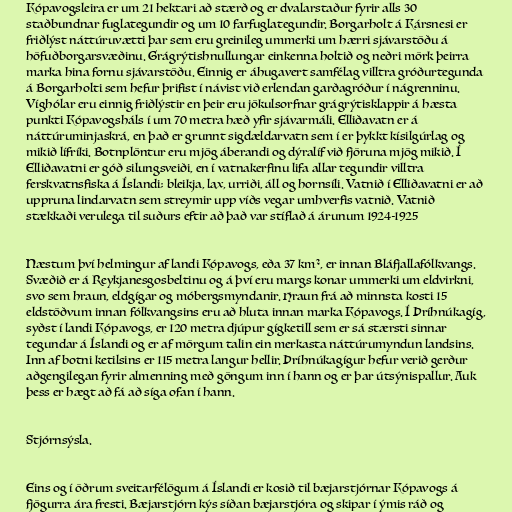
Kópavogsleira er um 21 hektari að stærð og er dvalarstaður fyrir alls 30
staðbundnar fuglategundir og um 10 farfuglategundir. Borgarholt á Kársnesi er
friðlýst náttúruvætti þar sem eru greinileg ummerki um hærri sjávarstöðu á
höfuðborgarsvæðinu. Grágrýtishnullungar einkenna holtið og neðri mörk þeirra
marka hina fornu sjávarstöðu. Einnig er áhugavert samfélag villtra gróðurtegunda
á Borgarholti sem hefur þrifist í návist við erlendan garðagróður í nágrenninu.
Víghólar eru einnig friðlýstir en þeir eru jökulsorfnar grágrýtisklappir á hæsta
punkti Kópavogsháls í um 70 metra hæð yfir sjávarmáli. Elliðavatn er á
náttúruminjaskrá, en það er grunnt sigdældarvatn sem í er þykkt kísilgúrlag og
mikið lífríki. Botnplöntur eru mjög áberandi og dýralíf við fjöruna mjög mikið. Í
Elliðavatni er góð silungsveiði, en í vatnakerfinu lifa allar tegundir villtra
ferskvatnsfiska á Íslandi; bleikja, lax, urriði, áll og hornsíli. Vatnið í Elliðavatni er að
uppruna lindarvatn sem streymir upp víðs vegar umhverfis vatnið. Vatnið
stækkaði verulega til suðurs eftir að það var stíflað á árunum 1924-1925

Næstum því helmingur af landi Kópavogs, eða 37 km², er innan Bláfjallafólkvangs.
Svæðið er á Reykjanesgosbeltinu og á því eru margs konar ummerki um eldvirkni,
svo sem hraun, eldgígar og móbergsmyndanir. Hraun frá að minnsta kosti 15
eldstöðvum innan fólkvangsins eru að hluta innan marka Kópavogs. Í Þríhnúkagíg,
syðst í landi Kópavogs, er 120 metra djúpur gígketill sem er sá stærsti sinnar
tegundar á Íslandi og er af mörgum talin ein merkasta náttúrumyndun landsins.
Inn af botni ketilsins er 115 metra langur hellir. Þríhnúkagígur hefur verið gerður
aðgengilegan fyrir almenning með göngum inn í hann og er þar útsýnispallur. Auk
þess er hægt að fá að síga ofan í hann.

Stjórnsýsla.

Eins og í öðrum sveitarfélögum á Íslandi er kosið til bæjarstjórnar Kópavogs á
fjögurra ára fresti. Bæjarstjórn kýs síðan bæjarstjóra og skipar í ýmis ráð og